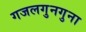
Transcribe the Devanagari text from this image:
गजलगुनगुना